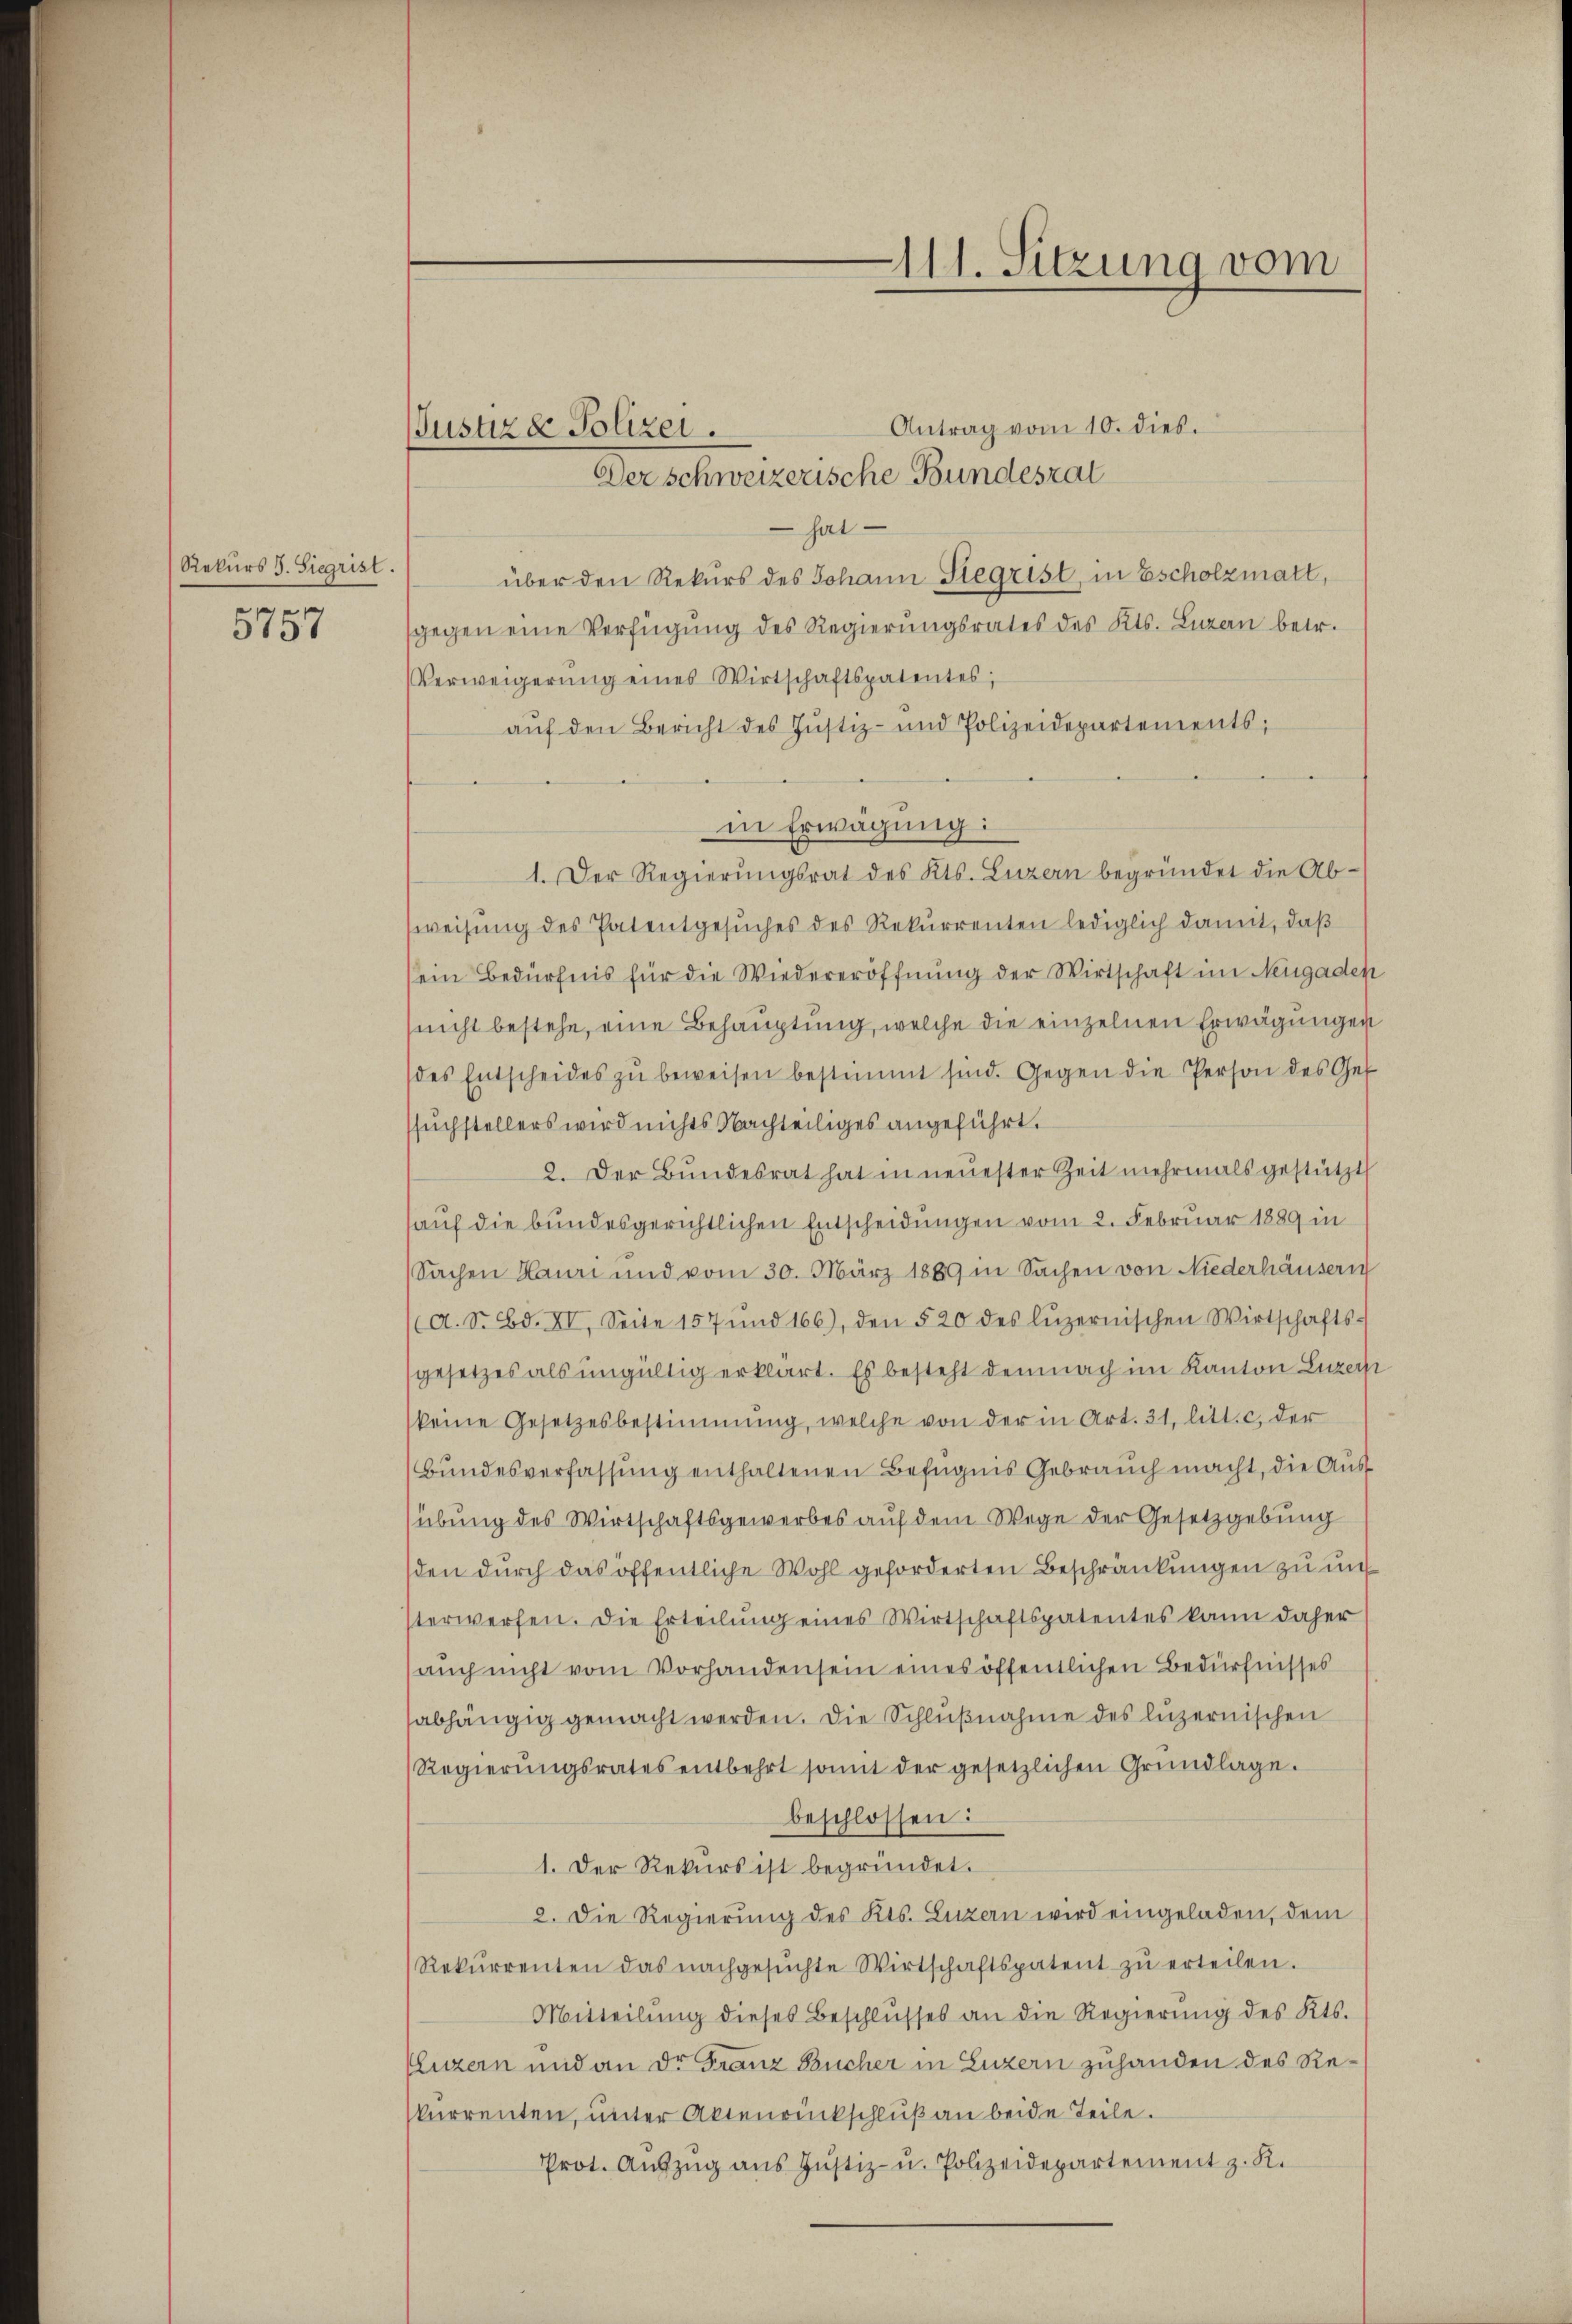
Rekurs J. Siegrist
5757

Antrag vom 10. dies.
 hat
über den Rekurs des Johann Stegrist, in Escholzmatt,
gegen eine Verfügung des Regierungsrates des Kts. Luzern betr.
Verweigerŭng eines Wirtschaftspatentes,
aŭf den Bericht des Jŭstiz- und Polizeidepartements,
in Erwägung:
1. Der Regierŭngsrat des Kts. Luzern begründet die Ab-
sweisŭng des Patentgesŭches des Rekurrenten lediglich damit, daβ
sein Bedürfnis für die Wiedereröffnung der Wirtschaft im Neugaden
(nicht bestehe, eine Behauptung, welche die einzelnen Erwägungen
des Entscheides zŭ beweisen bestimmt sind. Gegen die Person des Gef
suchstellers wird nichts Nachteiliges angeführt.
2. Der Bundesrat hat in neuester Zeit mehrmals gestützt
sauf die bundesgerichtlichen Entscheidungen vom 2. Februar 1889 in
Sachen Mann und vom 30. März 1889 in Sachen von Niederhäusern
(A. S. Bd. XV, Seite 157 und 166), den 520 des luzernischen Wirtschafts-
gesetzes als ungültig erklärt. Es besteht demnach im Kanton Luzern
keine Gesetzesbestimmung, welche von der in Art. 31. litt. c. der
Bundesverfassung enthaltenen Befugnis Gebrauch macht, die Aussübung des Wirtschaftsgewerbes auf dem Wege der Gesetzgebung
sden durch das öffentliche Wohl geforderten Beschränkungen zu uns
sterwerfen. Die Erteilŭng eines Wirtschaftspatentes kann daher
auch nicht vom Vorhanden sein eines öffentlichen Bedürfnisses
abhängig gemacht werden. Die Schlŭβnahme des luzernischen
Regierŭngsrates entbehrt somit der gesetzlichen Grŭndlage.
beschlossen:
1. Der Rekurs ist begründet.
2. Die Regierŭng des Kts. Luzern wird eingeladen, dem
Rekurrenten das nachgesŭchte Wirtschaftspatent zŭ erteilen.
Mitteilŭng dieses Beschlŭsses an die Regierŭng des Kts.
Luzern und an der Franz Bucher in Luzern zuhanden des Rekurrenten, unter Aktenrückschluß an beide Teile.
Prot. Aŭszŭg aŭs Jŭstiz- u. Polizeidepartement z. K.

Justiz & Polizei.
Der schweizerische Bundesrat

111. Sitzung vom